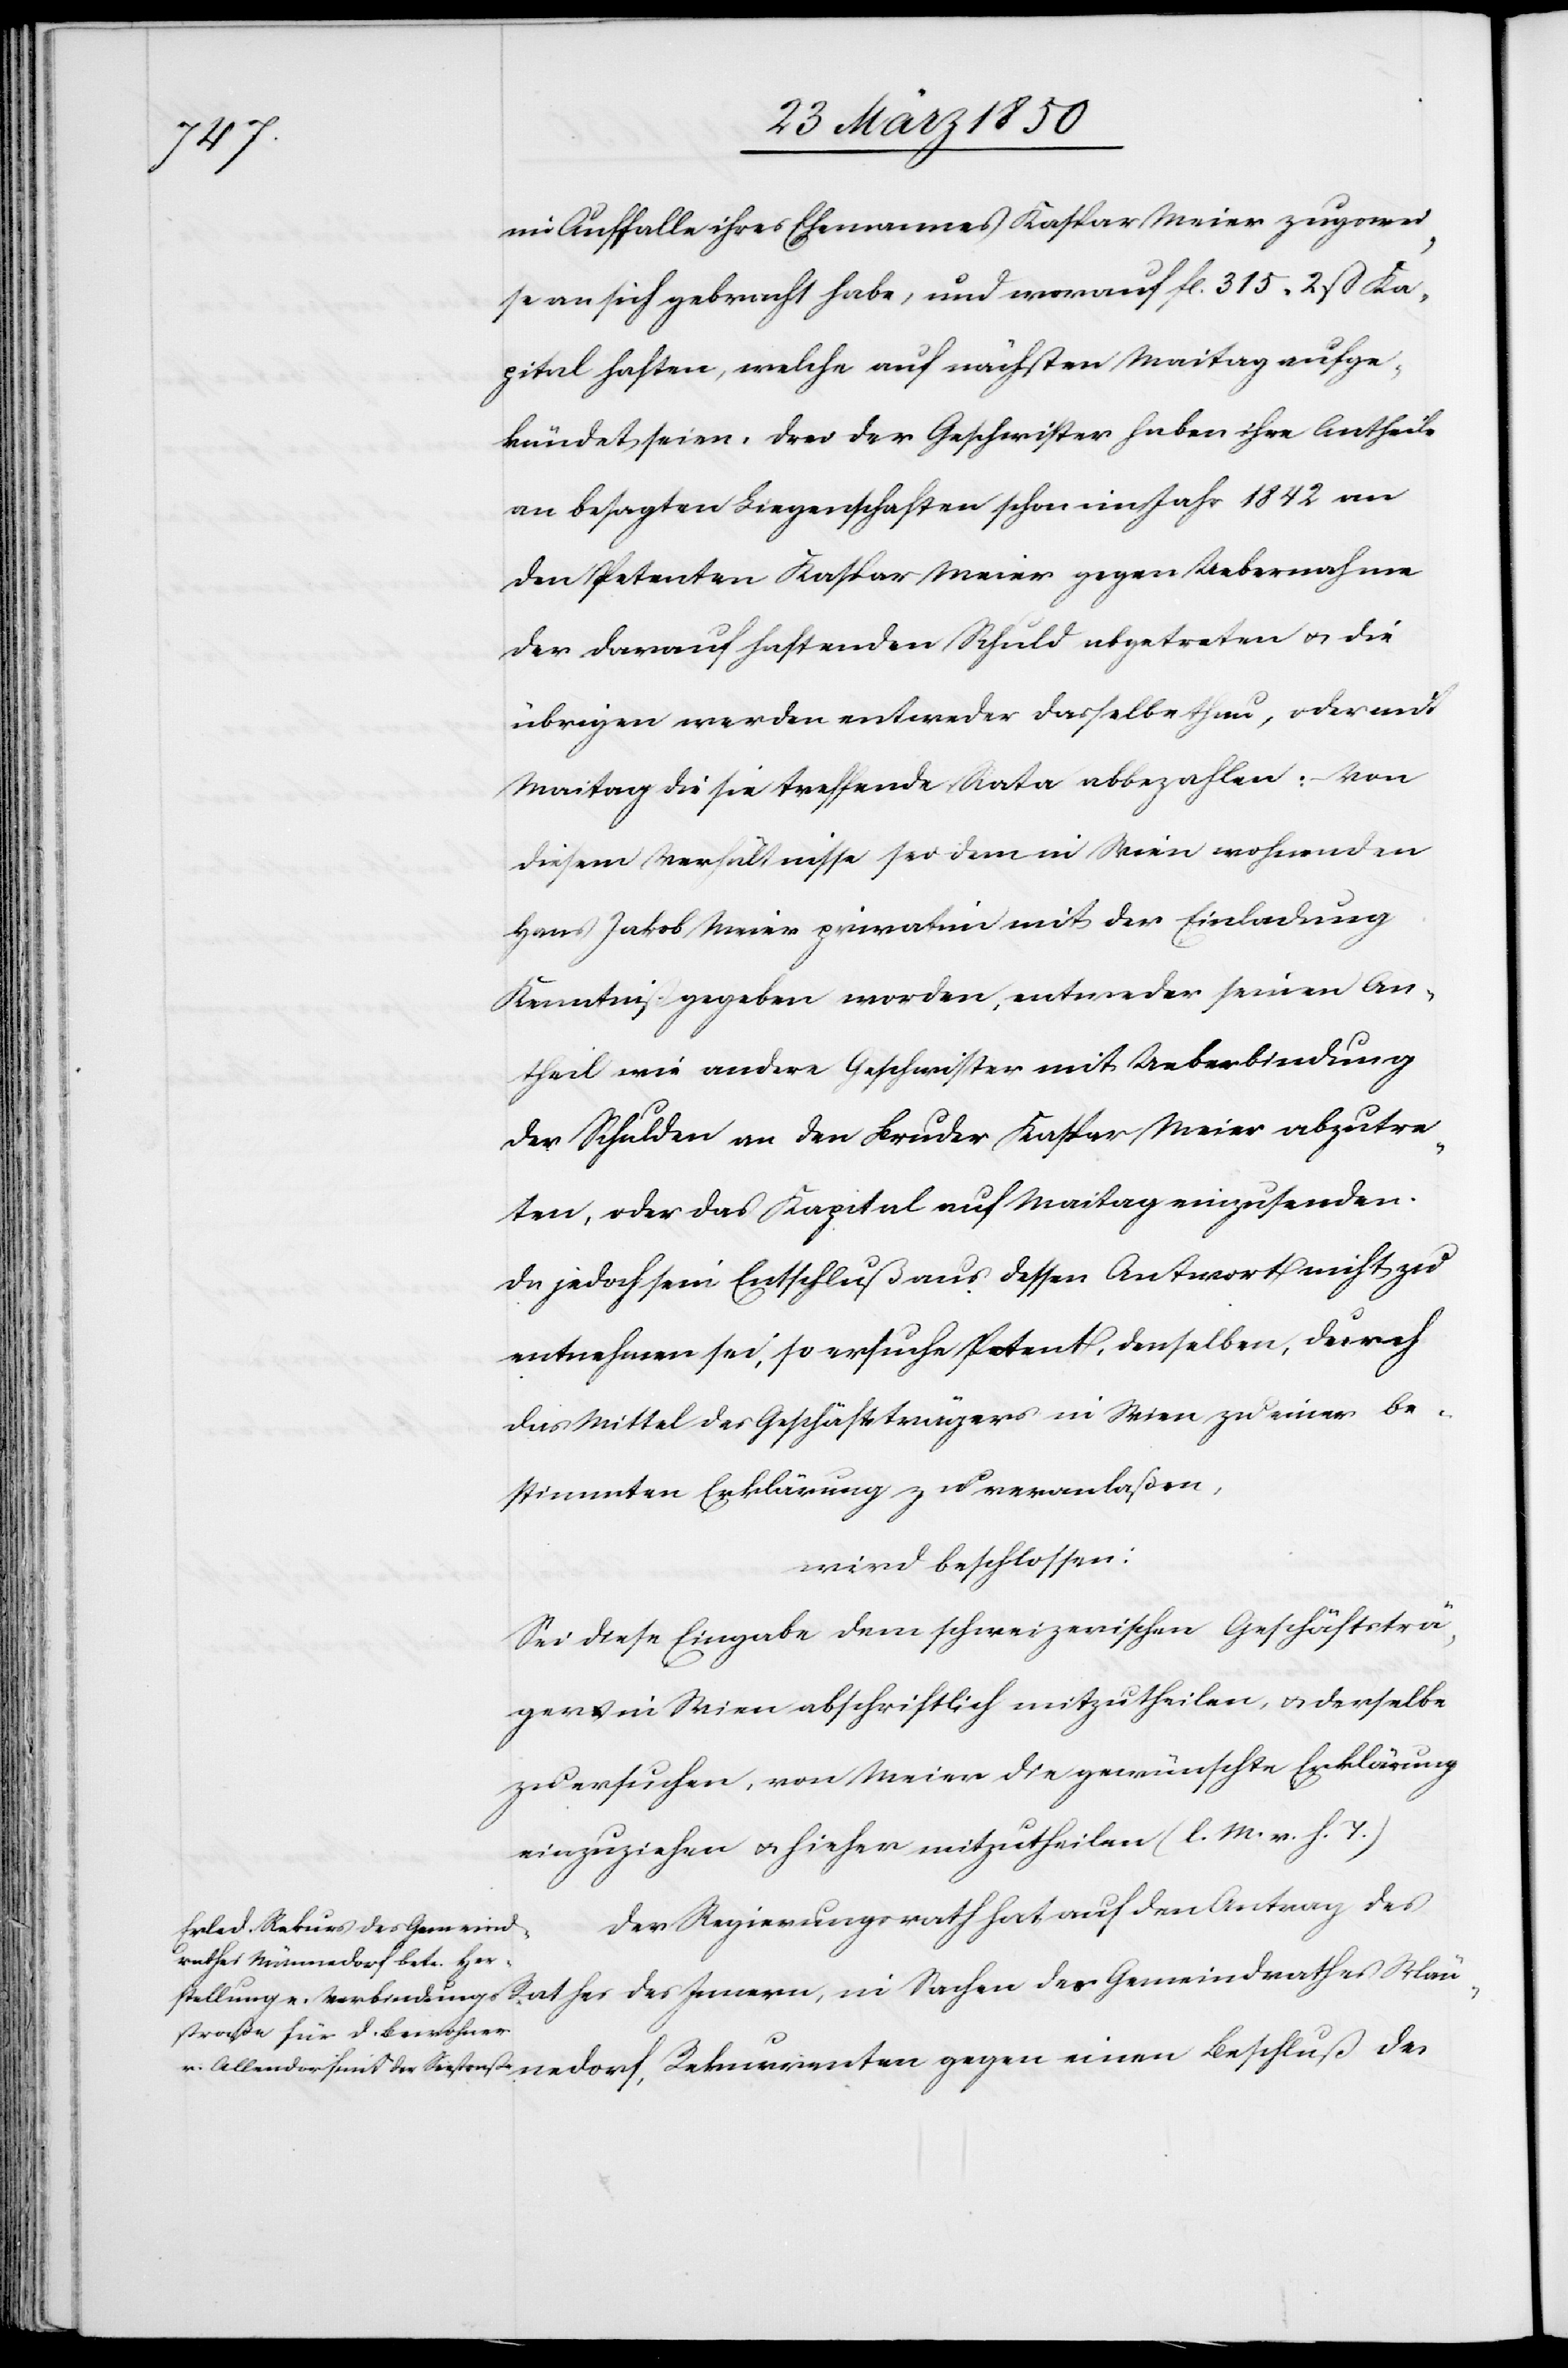
im Auffalle ihres Ehemannes Kaspar Meier zugswei¬
se an sich gebracht habe, und worauf fl. 315 2 ß Ka¬
pital haften, welche auf nächsten Maitag aufge¬
kündet seien. Drei der Geschwister haben ihre Antheile
an besagten Liegenschaften schon im Jahr 1842 an
den Petenten Kaspar Meier gegen Uebernahme
der darauf haftenden Schuld abgetreten u. die
übrigen werden entweder dasselbe thun, oder mit
Maitag die sie treffende Rata abbezahlen: Von
diesem Verhältnisse sei dem in Wien wohnenden
Hans Jakob Meier privatim mit der Einladung
Kenntniß gegeben worden, entweder seinen An¬
theil wie andere Geschwister mit Ueberbindung
der Schulden an den Bruder Kaspar Maier abzutre¬
ten, oder das Kapital auf Maitag einzusenden.
Da jedoch sein Entschluß aus dessen Antwort nicht zu
entnehmen sei, so ersuche Petent, denselben, durch
das Mittel des Geschäftsträgers in Wien zu einer be¬
stimmten Erklärung zu veranlaßen,
wird beschlossen:
Sei diese Eingabe dem schweizerischen Geschäftsträ¬
ger in Wien abschriftlich mitzutheilen, u. derselbe
zu ersuchen, von Meier die gewünschte Erklärung
einzuziehen u. hieher mitzutheilen (l. M. v. h. T.)
Der Regierungsrath hat auf den Antrag des